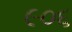
૯૦૬